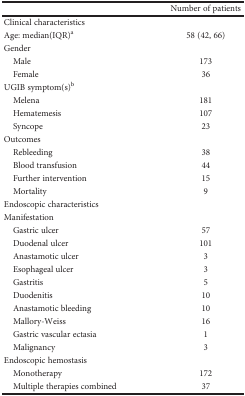
|  | Number of patients |
 | --- | --- |
 | Clinical characteristics |  |
 | Age: median(IQR)a | 58 (42, 66) |
 | Gender |  |
 | Male | 173 |
 | Female | 36 |
 | UGIB symptom(s)b |  |
 | Melena | 181 |
 | Hematemesis | 107 |
 | Syncope | 23 |
 | Outcomes |  |
 | Rebleeding | 38 |
 | Blood transfusion | 44 |
 | Further intervention | 15 |
 | Mortality | 9 |
 | Endoscopic characteristics |  |
 | Manifestation |  |
 | Gastric ulcer | 57 |
 | Duodenal ulcer | 101 |
 | Anastamotic ulcer | 3 |
 | Esophageal ulcer | 3 |
 | Gastritis | 5 |
 | Duodenitis | 10 |
 | Anastamotic bleeding | 10 |
 | Mallory-Weiss | 16 |
 | Gastric vascular ectasia | 1 |
 | Malignancy | 3 |
 | Endoscopic hemostasis |  |
 | Monotherapy | 172 |
 | Multiple therapies combined | 37 |